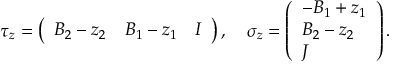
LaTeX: \tau _ { z } = \left( \begin{array} { l l l } { { B _ { 2 } - z _ { 2 } } } & { { B _ { 1 } - z _ { 1 } } } & { { I } } \end{array} \right) , \quad \sigma _ { z } = \left( \begin{array} { l } { { - B _ { 1 } + z _ { 1 } } } \\ { { B _ { 2 } - z _ { 2 } } } \\ { { J } } \end{array} \right) .